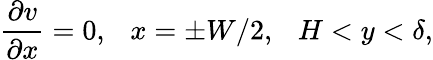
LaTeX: \frac{\partial v}{\partial x}=0,~~~x=\pm W/2,~~~H<y<\delta,